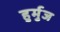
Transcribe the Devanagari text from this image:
हुर्मुज